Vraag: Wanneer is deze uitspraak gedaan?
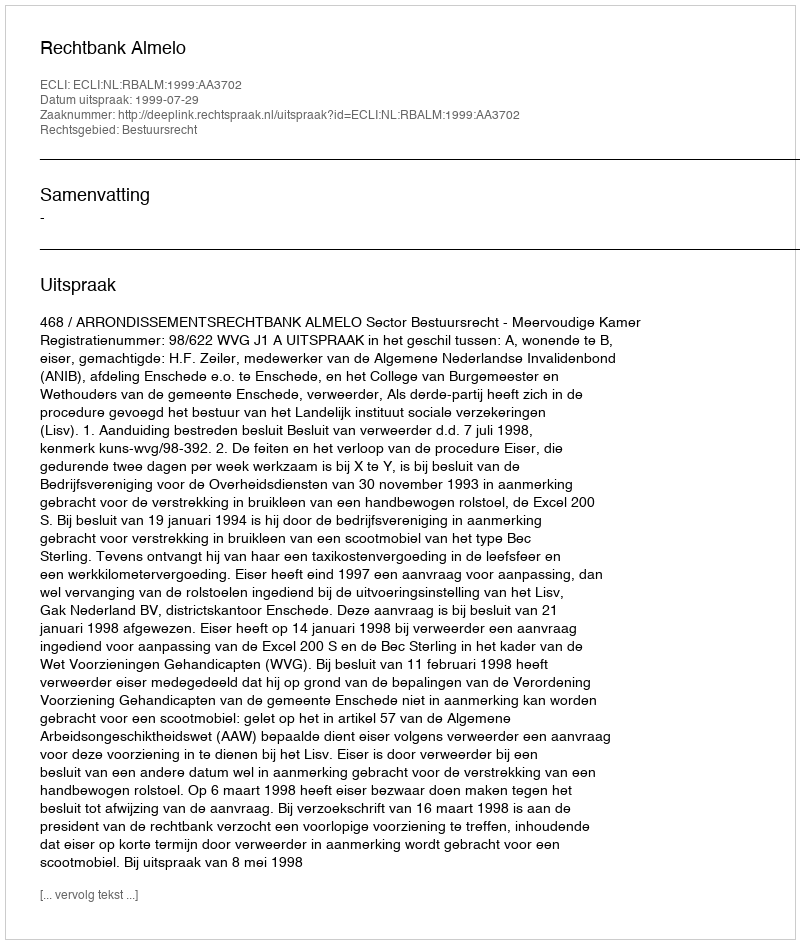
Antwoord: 1999-07-29